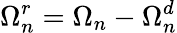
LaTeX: \Omega_{n}^{r}=\Omega_{n}-\Omega_{n}^{d}